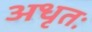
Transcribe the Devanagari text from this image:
अधृतः